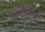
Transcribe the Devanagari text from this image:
प्रिमीटिव्स